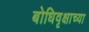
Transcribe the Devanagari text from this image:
बोधिवृक्षाच्या